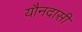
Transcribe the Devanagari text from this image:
यौनदासी